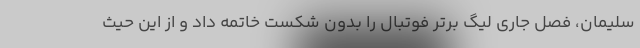
سلیمان، فصل جاری لیگ برتر فوتبال را بدون شکست خاتمه داد و از این حیث